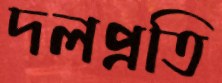
দলপ্রতি